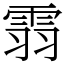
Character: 䨒